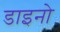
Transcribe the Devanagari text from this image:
डाइनो